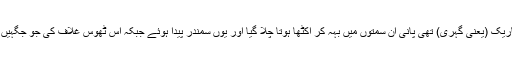
لاوے اور گیسی غلاف کے درمیان موجود ٹھوس تہہ جن جگہوں سے باریک (یعنی گہری) تھی پانی اُن سمتوں میں بہہ کر اِکٹھا ہوتا چلا گیا اور یوں سمندر پیدا ہوئے جبکہ اُس ٹھوس غلاف کی جو جگہیں موٹی (یعنی بلند) تھیں وہ بتدرِیج برِاَعظم اور سلسلہ ہائے کوہ قرار پائیں۔